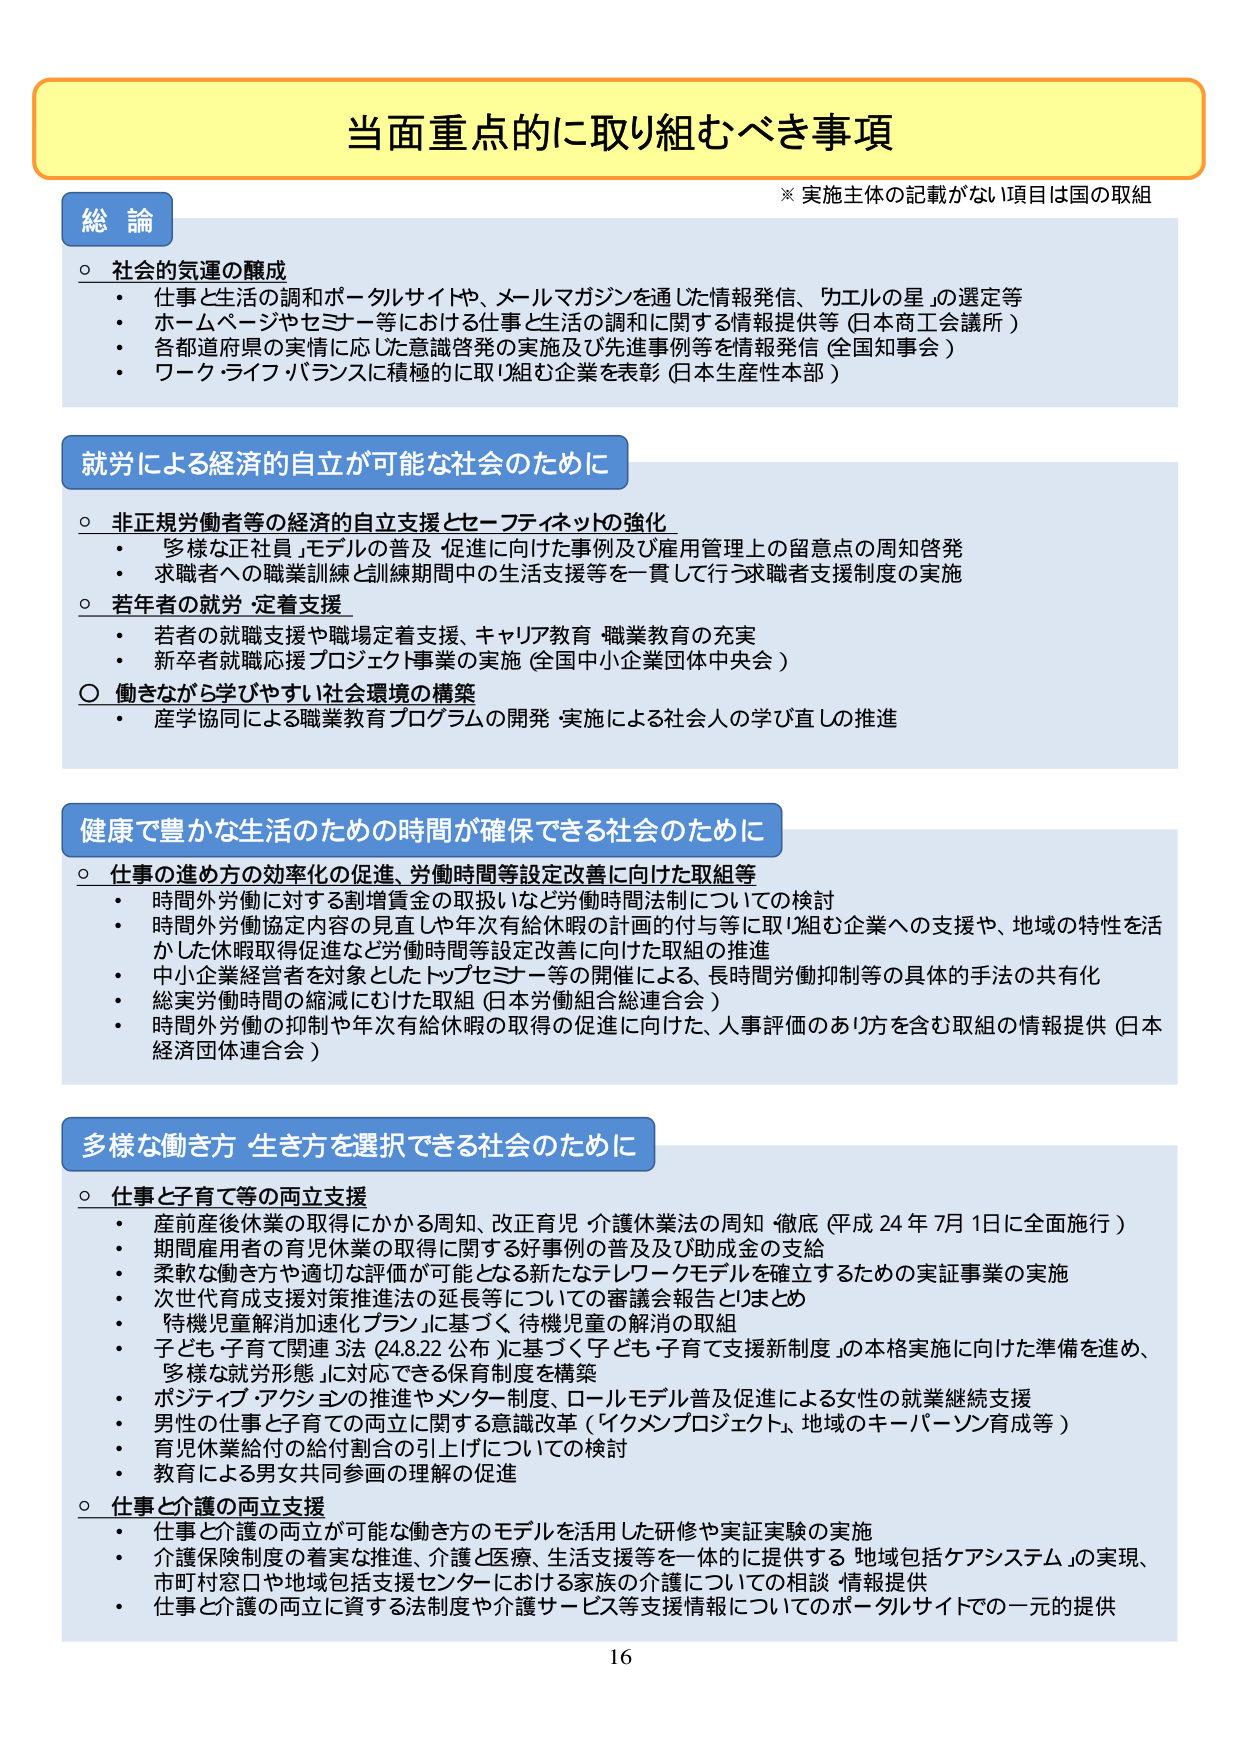
当面重点的に取り組むべき事項
※ 実施主体の記載がない項目は国の取組

総論
○ 社会の気運の醸成
・ 仕事と生活の調和ポータルサイトや、メールマガジンを通じた情報発信、「カエルの星」の選定等
・ ホームページやセミナー等における仕事と生活の調和に関する情報提供等（日本商工会議所）
・ 各都道府県の実情に応じた意識啓発の実施及び先進事例等を情報発信（全国知事会）
・ ワーク・ライフ・バランスに積極的に取り組む企業を表彰（日本生産性本部）

就労による経済的自立が可能な社会のために
○ 非正規労働者等の経済的自立支援とセーフティネットの強化
・ 多様な正社員・モデルの普及・促進に向けた事例及び雇用管理上の留意点の周知啓発
・ 求職者への職業訓練と訓練期間中の生活支援等を一貫して行う求職者支援制度の実施
○ 若年者の就労・定着支援
・ 若者の就職支援や職場定着支援、キャリア教育・職業教育の充実
・ 新卒者就職応援プロジェクト事業の実施（全国中小企業団体中央会）
○ 働きながら学びやすい社会環境の構築
・ 産学協同による職業教育プログラムの開発・実施による社会人の学び直しの推進

健康で豊かな生活のための時間が確保できる社会のために
○ 仕事の進め方の効率化の促進、労働時間等設定改善に向けた取組等
・ 時間外労働に対する割増賃金の取扱いなど労働時間法制についての検討
・ 時間外労働協定内容の見直しや年次有給休暇の計画的付与等に取り組む企業への支援や、地域の特性を活かした休暇取得促進など労働時間等設定改善に向けた取組の推進
・ 中小企業経営者を対象としたトップセミナー等の開催による、長時間労働抑制等の具体的手法の共有化
・ 総実労働時間の縮減にむけた取組（日本労働組合総連合会）
・ 時間外労働の抑制や年次有給休暇の取得の促進に向けた、人事評価のあり方を含む取組の情報提供（日本経済団体連合会）

多様な働き方・生き方を選択できる社会のために
○ 仕事と子育て等の両立支援
・ 産前産後休業の取得にかかる周知、改正育児・介護休業法の周知・徹底（平成24年7月1日に全面施行）
・ 期間雇用者の育児休業の取得に関する好事例の普及及び助成金の支給
・ 柔軟な働き方や適切な評価が可能となる新たなテレワークモデルを確立するための実証事業の実施
・ 次世代育成支援対策推進法の延長等についての審議会報告とりまとめ
・ 「待機児童解消加速化プラン」に基づく、待機児童の解消の取組
・ 子ども・子育て関連3法（24.8.22公布）に基づく「子ども・子育て支援新制度」の本格実施に向けた準備を進め、多様な就労形態に対応できる保育制度を構築
・ ポジティブ・アクションの推進やメンター制度、ロールモデル普及促進による女性の就業継続支援
・ 男性の仕事と子育ての両立に関する意識改革（「イクメンプロジェクト」、地域のキーパーソン育成等）
・ 育児休業給付の給付割合の引上げについての検討
・ 教育による男女共同参画の理解の促進
○ 仕事と介護の両立支援
・ 仕事と介護の両立が可能な働き方のモデルを活用した研修や実証実験の実施
・ 介護保険制度の着実な推進、介護と医療、生活支援等を一体的に提供する「地域包括ケアシステム」の実現、市町村窓口や地域包括支援センターにおける家族の介護についての相談・情報提供
・ 仕事と介護の両立に資する法制度や介護サービス等支援情報についてのポータルサイトでの一元的提供

16